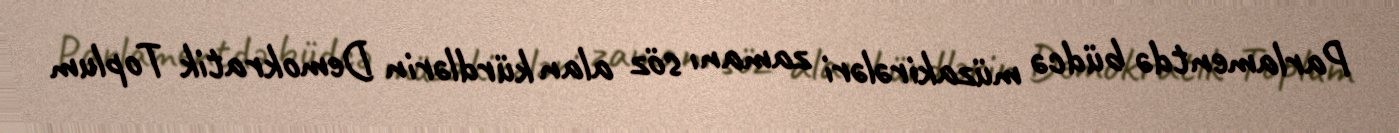
Parlamentdə büdcə müzakirələri zamanı söz alan kürdlərin Demokratik Toplum